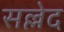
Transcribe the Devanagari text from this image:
सल्लेद